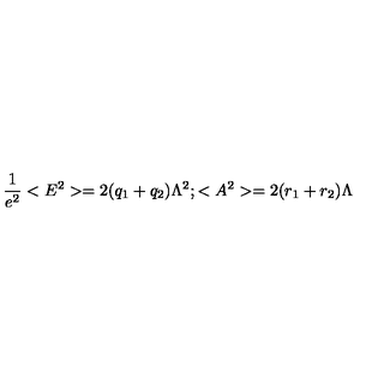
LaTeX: \frac { 1 } { e ^ { 2 } } < E ^ { 2 } > = 2 ( q _ { 1 } + q _ { 2 } ) \Lambda ^ { 2 } ; < A ^ { 2 } > = 2 ( r _ { 1 } + r _ { 2 } ) \Lambda